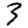
Digit: 3